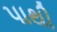
પાથી